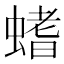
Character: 螧